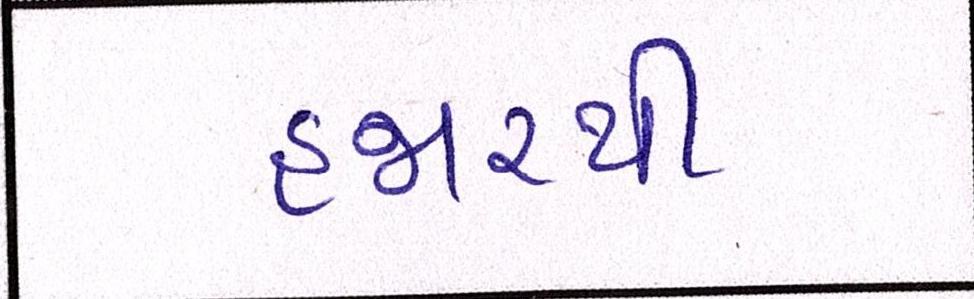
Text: હજારથી